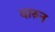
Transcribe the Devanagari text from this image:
दारुन